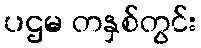
ပဌမ တနှစ်တွင်း